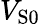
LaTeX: V_{\mathrm{S0}}